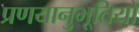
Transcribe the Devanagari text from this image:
प्रणयानुभूतियों